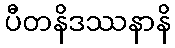
ပီတနိဒဿနာနိ